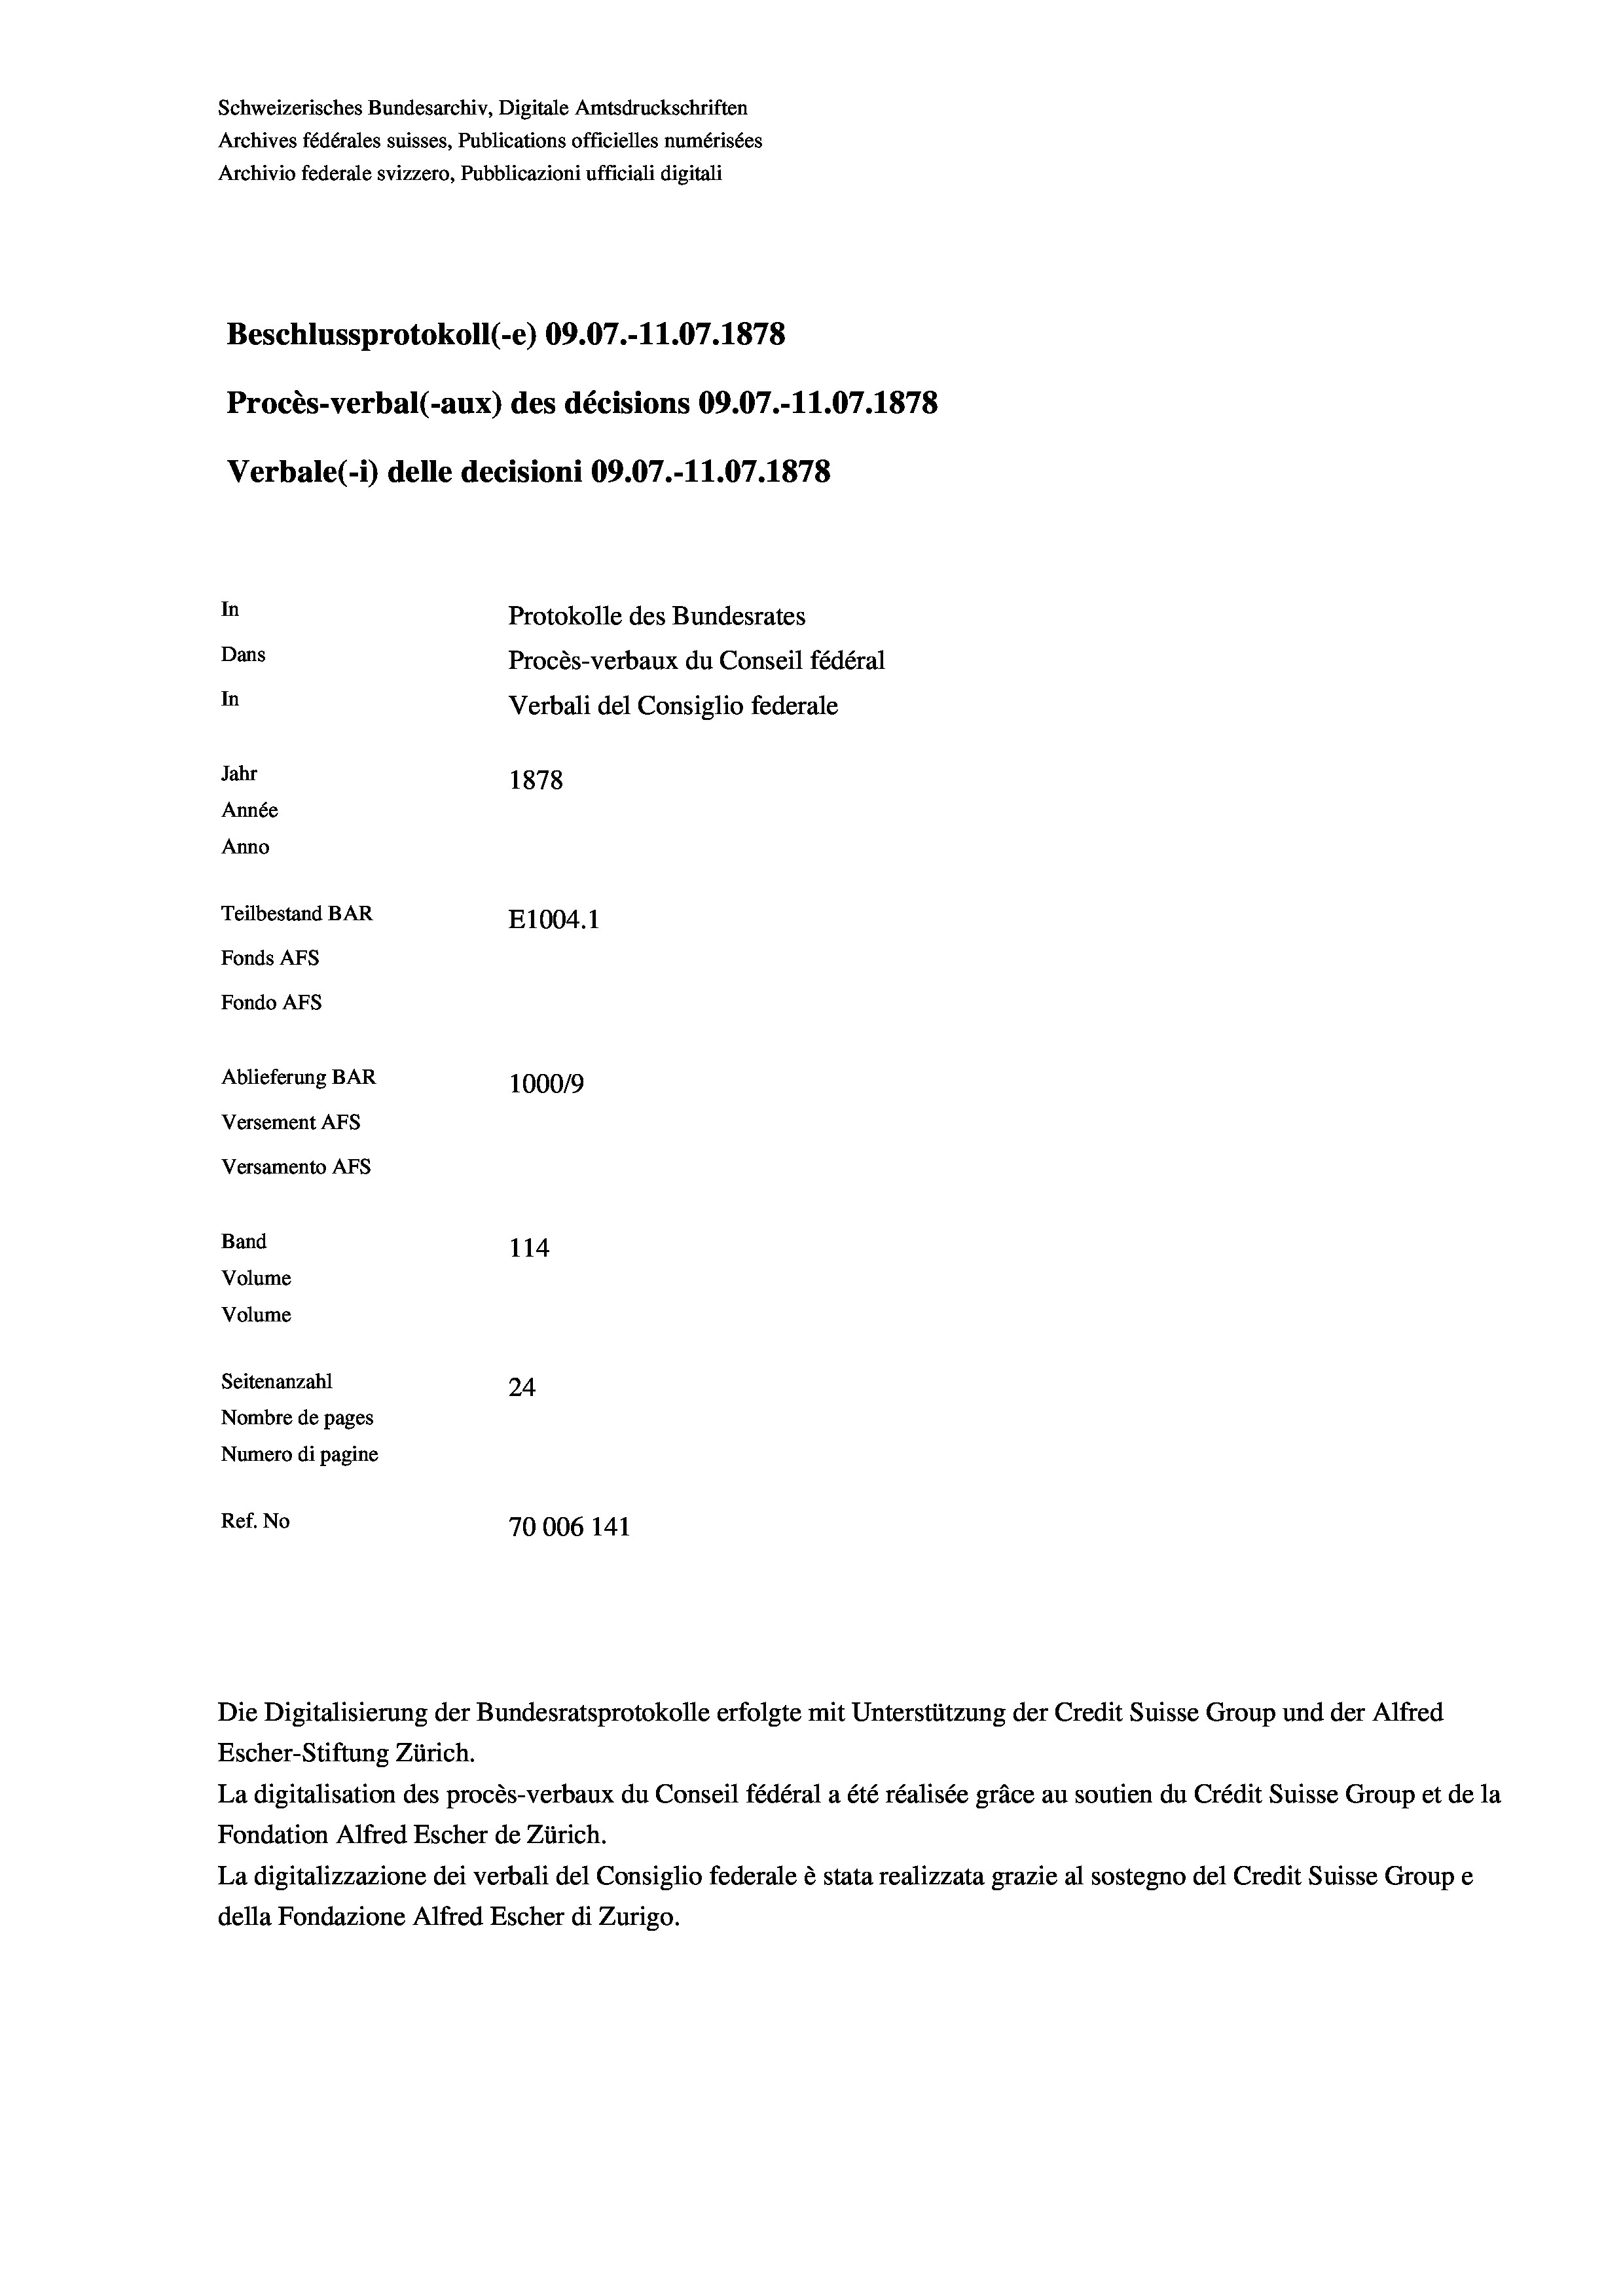
Schweizerisches Bundesarchiv, Digitale Amtsdruckschriften
Archives fédérales suisses, Publications officielles numérisées
Archivio federale svizzero, Pubblicazioni ufficiali digitali
Beschlussprotokoll (-e) 09.07.-11.07. 1878
Procès-verbal (-aux) des décisions 09.07.-11.07. 1878
Verbale(*) delle decisioni 09.07.-11.07. 1878
In
Protokolle des Bundesrates
Dans
Procès-verbaux du Conseil fédéral
In
Verbali del Consiglio federale
Jahr
1878
Année
Anno
Teilbestand BAR
E1004. 1
Fonds Afs
Fondo Afs
Ablieferung BAR
100019
Versement AFs
Versamento Afs
Band
114
Volume
Volume

Seitenanzahl
24
Nombre de pages
Numero di pagine
Ref. No
70006 141

Escher-Stiftung Zürich.
La digitalisation des procès-verbaux du Conseil fédéral a été réalisée gräce au soutien du Crédit Suisse Group et de la
Fondation Alfred Escher de Zürich.
La digitalizzazione dei verbali del Consiglio federale è stata realizzata grazie al sostegno del Credit Suisse Groupe
della Fondazione Alfred Escher di Zurigo.

Die Digitalisierung der Bundesratsprotokolle erfolgte mit Unterstützung der Credit Suisse Group und der Alfred